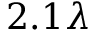
2 . 1 \lambda